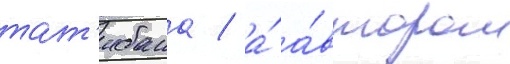
тат'ибана / а́ а́втором